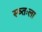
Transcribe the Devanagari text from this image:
स्व्तःला